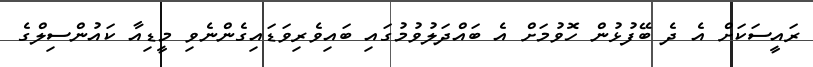
ރައީސަކަށް އެ ދެ ބޭފުުޅުން ހޮވުމަށް އެ ބައްދަލުވުމުގައި ބައިވެރިވަޑައިގެންނެވި މީޑިއާ ކައުންސިލްގެ